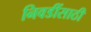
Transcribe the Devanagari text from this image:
निवडींसाठी